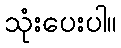
သုံးပေးပါ။